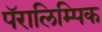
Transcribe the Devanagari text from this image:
पॅरालिम्पिक